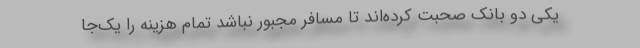
یکی دو بانک صحبت کرده‌اند تا مسافر مجبور نباشد تمام هزینه را یک‌جا